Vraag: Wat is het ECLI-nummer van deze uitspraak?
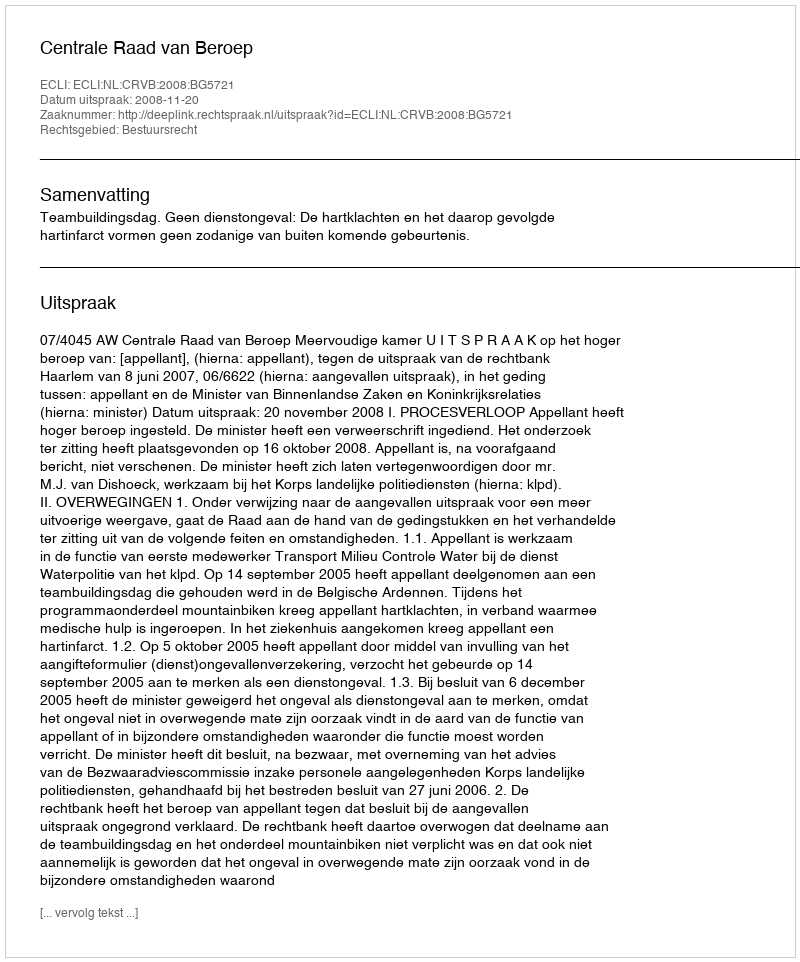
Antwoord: ECLI:NL:CRVB:2008:BG5721